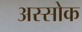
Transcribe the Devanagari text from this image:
अस्सोक